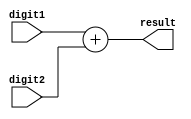
`timescale 1ns / 1ps
//////////////////////////////////////////////////////////////////////////////////
// Company: 
// Engineer: 
// 
// Design Name: 
// Module Name:    Adder 
// Project Name: 
// Target Devices: 
// Tool versions: 
// Description: 
//
// Dependencies: 
//
// Revision: 
// Revision 0.01 - File Created
// Additional Comments: 
//
//////////////////////////////////////////////////////////////////////////////////
module Adder(digit1, digit2, result);
	input [31:0] digit1, digit2;
	
	output [31:0] result;
 	
	
	/*always @(digit1 or digit2) begin
		$display("---- add module");
		$display(digit1);
		$display(digit2);
		$display("----");
		result <= digit1 + digit2;
	end*/
	assign result = digit1 + digit2;

endmodule